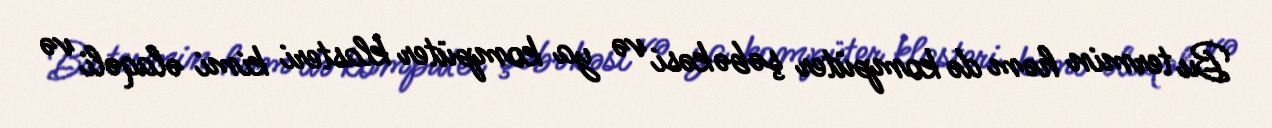
Bu termin həm də kompüter şəbəkəsi və ya kompüter klasteri kimi əlaqəli və